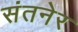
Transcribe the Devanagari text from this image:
संतनेर